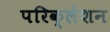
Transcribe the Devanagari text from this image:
परिक्लेशन